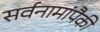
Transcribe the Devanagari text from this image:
सर्वनामांपैकी